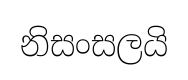
නිසංසලයි